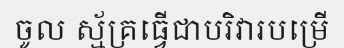
ចូល ស្ម័គ្រធ្វើជាបរិវារបម្រើ